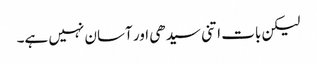
لیکن بات اتنی سیدھی اور آسان نہیں ہے۔